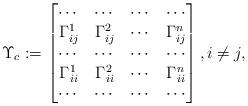
LaTeX: \begin{align*} \Upsilon_c:=\begin{bmatrix} \cdots & \cdots &\cdots & \cdots \\ \Gamma_{ij}^1 & \Gamma_{ij}^2& \cdots &\Gamma_{ij}^n\\ \cdots & \cdots &\cdots & \cdots \\ \Gamma_{ii}^1 & \Gamma_{ii}^2 & \cdots &\Gamma_{ii}^n\\ \cdots & \cdots &\cdots & \cdots \end{bmatrix}, i\neq j,\end{align*}